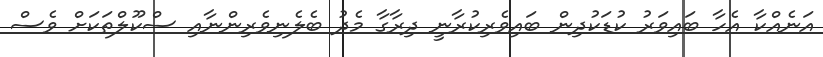
އަނެއްކާ އެހާ ބައިވަރު ކުޑަކުދިން ބައިވެރިކުރާނީ ދިރާގާ މެދު ބެލެނިވެރިންނާއި ސްކޫލްތަކަށް ވެސް